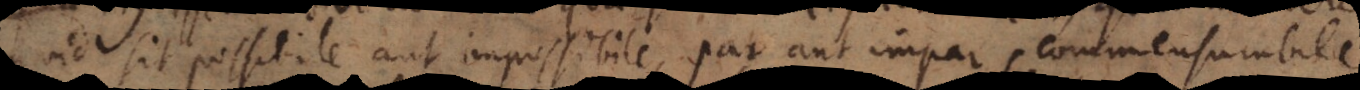
quid sit possibile aut impossibile, par aut impar, commensurabile